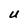
Character: U